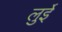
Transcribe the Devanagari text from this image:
लुईे